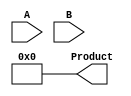
module VariableLengthWallaceMultiplier #(parameter MAX_N = 32, MAX_M = 32) (
    input [MAX_N-1:0] A,
    input [MAX_M-1:0] B,
    output reg [MAX_N + MAX_M - 1:0] Product
);

    // Partial products array
    reg [MAX_N-1:0] partial_products[MAX_M-1:0];

    // Generate partial products
    integer i;
    always @* begin
        for (i = 0; i < MAX_M; i = i + 1) begin
            partial_products[i] = A & {MAX_N{B[i]}};
        end
    end

    // Wallace tree reduction
    wire [MAX_N-1:0] stage1_sums[MAX_M/2:0];
    wire [MAX_N-1:0] stage1_carries[MAX_M/2 - 1:0];

    generate
        genvar j;
        for (j = 0; j < MAX_M/2; j = j + 1) begin: half_adder_stage
            if (j < MAX_M/2 && (j*2+1) < MAX_M) begin
                // Half adder for two partial products
                assign stage1_sums[j] = partial_products[j*2] ^ partial_products[j*2 + 1];
                assign stage1_carries[j] = partial_products[j*2] & partial_products[j*2 + 1];
            end else if (j < MAX_M/2) begin
                // If odd number of products, pass the last one through
                assign stage1_sums[j] = partial_products[j*2];
                assign stage1_carries[j] = 0;
            end
        end
    endgenerate

    // Stage 1 reduction (out of 2 inputs, sum and carry propagations)
    wire [MAX_N-1:0] stage2_sums[MAX_M/4:0];
    wire [MAX_N-1:0] stage2_carries[MAX_M/4 - 1:0];
    
    generate
        genvar k;
        for (k = 0; k < MAX_M/4; k = k + 1) begin: full_adder_stage
            if (k < MAX_M/4 && (k*2+1) < MAX_M/2) begin
                // Full adder for sums and carries
                assign stage2_sums[k] = stage1_sums[k*2] ^ stage1_sums[k*2 + 1] ^ stage1_carries[k*2];
                assign stage2_carries[k] = (stage1_sums[k*2] & stage1_sums[k*2 + 1]) | 
                                            (stage1_carries[k*2] & (stage1_sums[k*2] ^ stage1.sums[k*2 + 1]));
            end else begin
                // Handle odd count
                assign stage2_sums[k] = stage1_sums[k*2];
                assign stage2_carries[k] = 0;
            end
        end
    endgenerate

    // Final stage to sum up all resulting sums and carries
    // Continue this pattern to reduce further until one product is left

    always @* begin
        // Final output assembly
        Product = 0;
        // Insert final addition logic here
        // (e.g., a full adder tree to combine final sums and carries)
    end

endmodule